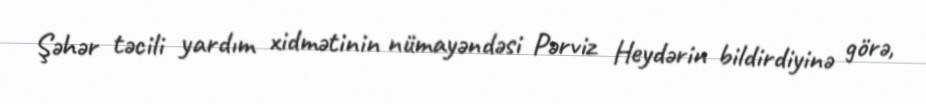
Şəhər təcili yardım xidmətinin nümayəndəsi Pərviz Heydərin bildirdiyinə görə,